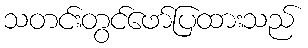
သတင်းတွင်ဖော်ပြထားသည်